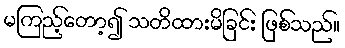
မကြည့်တော့၍ သတိထားမိခြင်း ဖြစ်သည်။